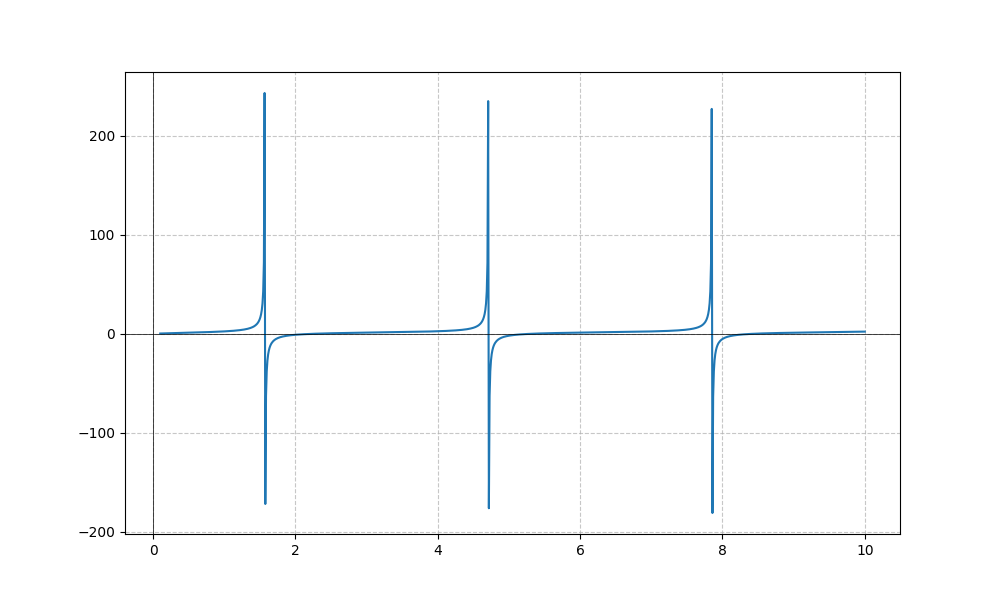
LaTeX formula: \tan{\left(x \right)} + \operatorname{atan}{\left(x \right)}